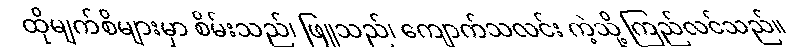
ထိုမျက်စိများမှာ စိမ်းသည်၊ ဖြူသည်၊ ကျောက်သလင်း ကဲ့သို့ ကြည်လင်သည်။